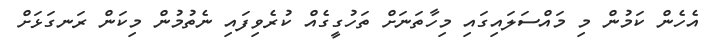
އެހެން ކަމުން މި މައްސަލައިގައި މިހާތަނަށް ތަހުގީގެއް ކުރެވިފައި ނެތުމުން މިކަން ރަނގަޅަށް